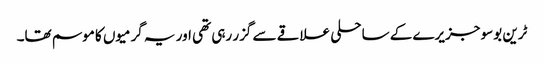
ٹرین بوسو جزیرے کے ساحلی علاقے سے گزر رہی تھی اور یہ گرمیوں کا موسم تھا۔